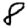
Digit: 8